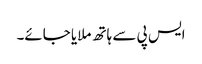
ایس پی سے ہاتھ ملایا جائے۔